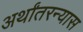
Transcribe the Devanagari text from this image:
अर्थांतरन्यास